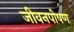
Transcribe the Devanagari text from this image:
जीवनपोषण